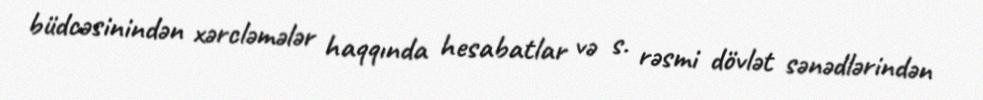
büdcəsinindən xərcləmələr haqqında hesabatlar və s. rəsmi dövlət sənədlərindən